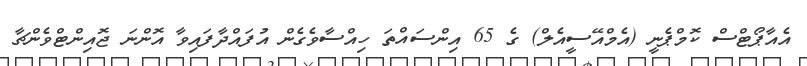
އެއާޕޯޓްސް ކޮމްޕެނީ (އެމްއޭސީއެލް) ގެ 65 އިންސައްތަ ހިއްސާވެގެން އުފައްދާފައިވާ އޮންނަ ޖޮއިންޓްވެންޗާ